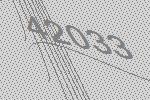
42033